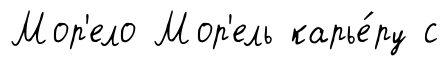
Мор'ело Мор'ель карье́ру с